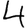
Digit: 4